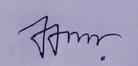
Signature authenticity: genuine